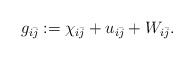
\begin{align*} g_{i\bar j} := \chi_{i\bar j} + u_{i\bar j} + W_{i\bar j}. \end{align*}